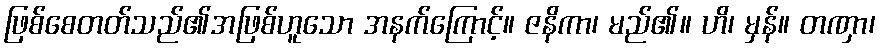
ဖြစ်စေတတ်သည်၏အဖြစ်ဟူသော အနက်ကြောင့်။ ဇနိကာ၊ မည်၏။ ဟိ၊ မှန်။ တဏှာ၊